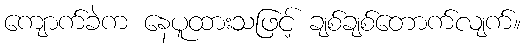
ကျောက်ခဲက နေပူထားသဖြင့် ချစ်ချစ်တောက်လျက်။